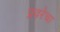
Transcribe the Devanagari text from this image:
प्रवरेचा